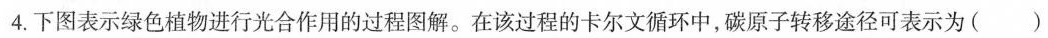
4.下图表示绿色植物进行光合作用的过程图解。在该过程的卡尔文循环中，碳原子转移途径可表示为( )